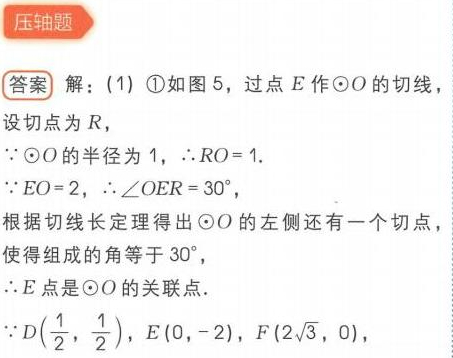
压轴题
答案 解：(1) \textcircled{1}如图5，过点\(E\)作\(\odot O\)的切线，
设切点为\(R\)，
\(\because\odot O\)的半径为\(1\)，\(\therefore RO = 1\).
\(\because EO = 2\)，\(\therefore\angle OER = 30^{\circ}\)，
根据切线长定理得出\(\odot O\)的左侧还有一个切点，
使得组成的角等于\(30^{\circ}\)，
\(\therefore E\)点是\(\odot O\)的关联点.
\(\because D(\frac{1}{2},\frac{1}{2})\)，\(E(0,-2)\)，\(F(2\sqrt{3},0)\)，